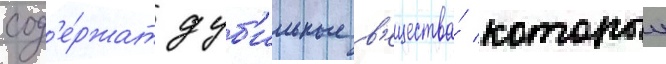
сод'е́ржат дуб'ильные в'ещества́ которыи